Lunatic asylums in Bengal annual reports 1888-1898 - 1888-1898
Year: 1888
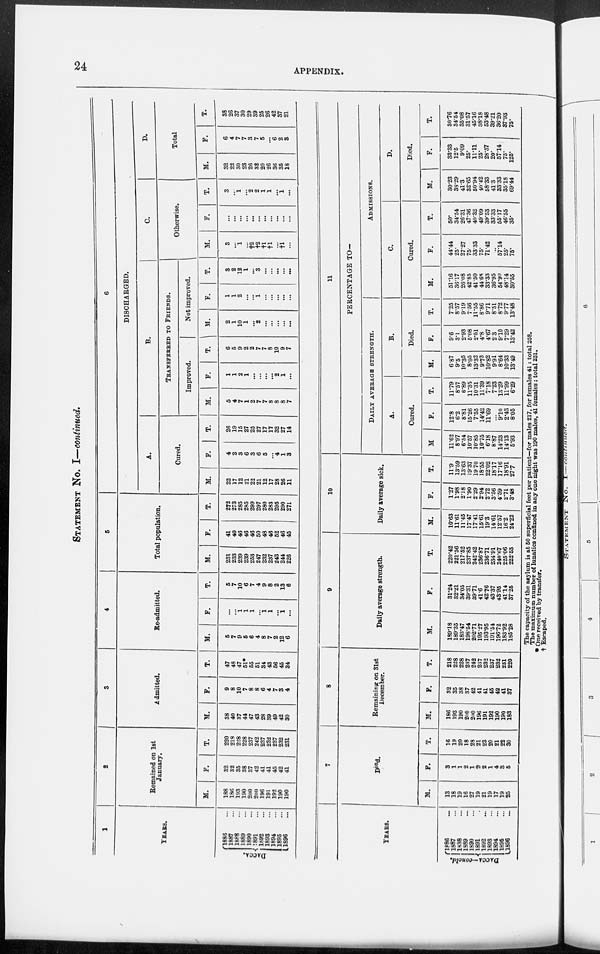
24
APPENDIX.
STATEMENT No. I—continued.
1
YEARS.
Dacca.
1886 ...
1887 ...
1888 ...
1889 ...
1890 ...
1891 ...
1892 ...
1893 ...
1894 ...
1895 ...
1896 ...
2
Remained on 1st
January.
M.
188
186
193
190
200
200
196
191
192
190
190
F.
32
32
35
38
37
42
41
41
45
42
41
T.
220
218
228
228
237
242
237
232
237
232
231
3
Admitted.
M.
38
40
37
44
47
43
28
39
49
42
30
F.
9
8
10
7
8
8
6
4
7
3
4
T.
47
48
47
51*
55
51
34
43
56
45
34
4
Re-admitted.
M.
5
7
9
5
6
4
8
7
2
12
6
F.
...
...
1
1
1
...
1
1
...
1
...
T.
5
7
10
6
7
4
9
8
2
13
6
5
Total population.
M.
231
233
239
239
253
247
232
237
243
244
226
F.
41
40
46
46
46
50
48
46
52
46
45
T.
272
273
285
285
299
297
280
283
295
290
271
6
DISCHARGED.
A.
Cured.
M.
22
17
12
21
22
21
12
17
28
26
11
F.
4
2
3
6
3
6
5
...
4
1
3
T.
26
19
15
27
25
27
17
17
32
27
14
B.
TRANSFERRED TO FRIENDS.
Improved.
M.
5
4
7
1
2
7
7
8
8
8
7
F.
1
1
2
1
...
...
...
...
2
1
...
T.
6
5
9
2
2
7
7
8
10
9
7
Not improved.
M.
2
1
10
1
...
2
...
...
...
...
...
F.
1
1
2
...
...
1
...
...
...
...
...
T.
3
2
12
1
...
3
...
...
...
...
...
C.
Otherwise.
M.
3
...
1
...
†2
†2
†1
†l
...
†l
...
F.
...
...
...
...
...
...
...
...
...
...
...
T.
3
...
1
...
2
2
1
1
...
1
...
D.
Total
M.
32
22
30
23
26
32
20
26
36
35
18
F.
6
4
7
7
3
7
5
...
6
2
3
T.
38
26
37
30
29
39
25
26
42
37
21
YEARS.
DACCA—concld.
1886 ...
1887 ...
1888 ...
1889
...
1890
...
1891 ...
1892
...
1893 ...
1894 ...
1895 ...
1896 ...
7
Died.
M.
13
18
19
16
27
19
21
19
17
19
25
F.
3
1
1
2
1
2
2
1
4
3
5
T.
16
19
20
18
28
21
23
20
21
22
30
8
Remaining on 31st
December.
M.
186
193
190
200
200
196
191
192
190
190
183
F.
32
35
38
37
42
41
41
45
42
41
37
T.
218
228
228
237
242
237
232
237
232
231
220
9
Daily average strength.
M.
189.18
189.35
183.47
198.54
202.71
195.27
193.95
191.54
196.72
183.92
185.28
F.
31.24
32.21
34.05
39.31
39.71
41.6
42.76
43.37
43.95
41.14
37.25
T.
220.42
221.56
217.52
237.85
242.42
236.87
236.71
234.91
240.67
225.06
222.53
10
Daily average sick.
M.
10.63
11.61
11.45
17.47
17.41
15.61
19.3
14.61
12.57
16.2
24.22
F.
1.27
1.98
2.18
1.90
2.29
2.94
2.72
3.56
4.59
2.71
3.48
T.
11.9
13.59
13.63
19.37
19.70
18.55
22.02
18.17
17.16
18.91
27.7
11
PERCENTAGE TO¬
DAILY AVERAGE STRENGTH.
A.
Cured.
M
11.62
8.97
6.54
10.57
10.85
10.75
6.18
8.87
14.23
14.13
5.93
F.
12.8
6.2
8.81
15.26
7.55
14.42
11.69
...
9.10
2.43
8.05
T.
11.79
8.57
6.89
11.35
10.31
11.39
7.18
7.23
13.29
11.99
6.29
B.
Died.
M.
6.87
9.5
10.35
8.05
13.32
9.73
10.82
9.91
8.64
10.33
13.49
F.
9.6
3.1
2.93
5.08
2.51
4.8
4.67
2.3
9.10
7.29
13.42
T.
7.25
8.57
9.19
7.56
11.55
8.86
9.71
8.51
8.72
9.77
13.48
ADMISSIONS.
C.
Cured.
M.
51.16
36.17
26.08
42.85
41.50
44.68
33.33
36.95
54.90
48.14
30.55
F.
44.44
25.
27.27
75.
33.33
75.
71.42
...
57.14
25.
75.
T.
50.
34.54
26.31
47.36
40.32
49.09
39.53
33.33
55.17
46.55
35.
D.
Died.
M.
30.23
38.29
41.3
32.65
50.94
40.42
58.33
41.3
33.33
35.18
69.44
F.
33.33
12.5
9.09
25.
11.11
25.
28.57
20.
57.14
75.
125.
T.
30.76
34.54
35.08
31.57
45.16
38.18
53.48
39.21
36.20
37.93
75.
The capacity of the asylum is at 50 superficial feet per patient-for males 217, for females 41: total 258.
The maximum number of lunatics confined in any one night was 190 males, 41 females: total 231.
* One received by transfer.
† Escaped.